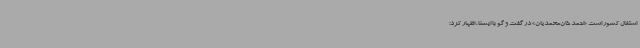
اشتغال کشور است «احمد خان‌محمدیان» در گفت و گو با ایسنا، اظهار کرد: